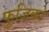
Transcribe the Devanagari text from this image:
फुजिको